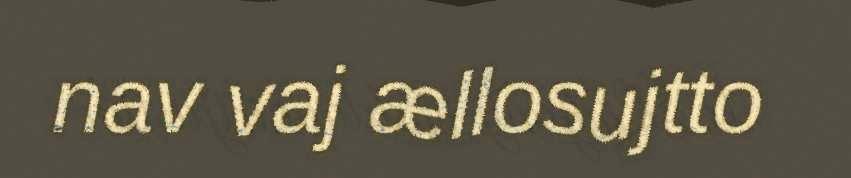
nav vaj ællosujtto